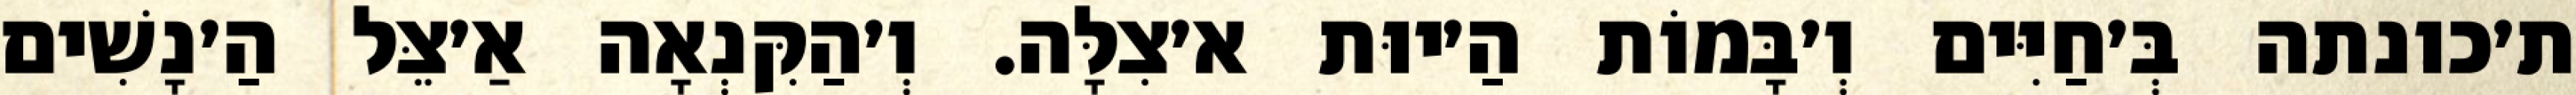
ת׳כונתה בְּ׳חַיִּים וְ׳בָּמוֹת הַ׳יוּת א׳צִלָּה. וְ׳הַקִּנְאָה אַ׳צֵּל הַ׳נָשִׁים